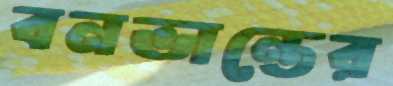
বনভান্তের